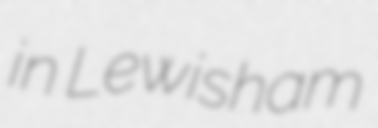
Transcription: in Lewisham